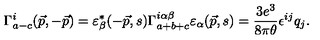
\Gamma _ { a - c } ^ { i } ( \vec { p } , - \vec { p } ) = \varepsilon _ { \beta } ^ { * } ( - \vec { p } , s ) \Gamma _ { a + b + c } ^ { i \alpha \beta } \varepsilon _ { \alpha } ( \vec { p } , s ) = \frac { 3 e ^ { 3 } } { 8 \pi \theta } \epsilon ^ { i j } q _ { j } .